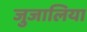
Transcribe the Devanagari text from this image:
जुजालिया